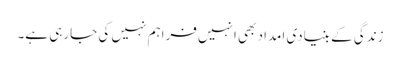
زندگی کے بنیادی امداد بھی انہیں فراہم نہیں کی جارہی ہے۔